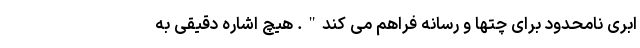
ابری نامحدود برای چتها و رسانه فراهم می کند". هیچ اشاره دقیقی به